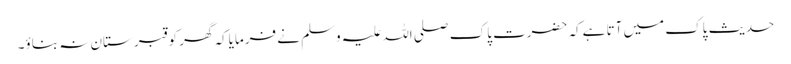
حدیث پاک میں آتا ہےکہ حضرت پاک صلی اللہ علیہ وسلم نے فرمایاکہ گھر کو قبر ستان نہ بناؤ۔